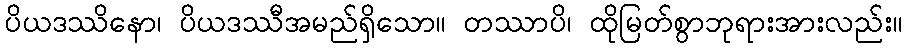
ပိယဒဿိနော၊ ပိယဒဿီအမည်ရှိသော။ တဿာပိ၊ ထိုမြတ်စွာဘုရားအားလည်း။